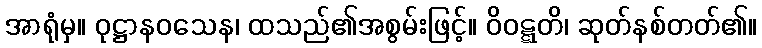
အာရုံမှ။ ဝုဋ္ဌာနဝသေန၊ ထသည်၏အစွမ်းဖြင့်။ ဝိဝဋ္ဋတိ၊ ဆုတ်နစ်တတ်၏။